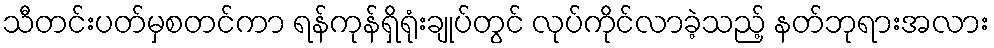
သီတင်းပတ်မှစတင်ကာ ရန်ကုန်ရှိရုံးချုပ်တွင် လုပ်ကိုင်လာခဲ့သည့် နတ်ဘုရားအလား